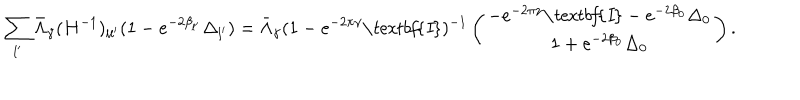
LaTeX: \sum _ { l ^ { \prime } } \bar { \Lambda } _ { \gamma } ( H ^ { - 1 } ) _ { l l ^ { \prime } } ( 1 - e ^ { - 2 \beta _ { l ^ { \prime } } } \Delta _ { l ^ { \prime } } ) = \bar { \Lambda } _ { \gamma } ( 1 - e ^ { - 2 \pi \gamma } \textit { \textbf { I } } ) ^ { - 1 } \left( \begin{array} { c } { { - e ^ { - 2 \pi \gamma } \textit { \textbf { I } } - e ^ { - 2 \beta _ { 0 } } \Delta _ { 0 } } } \\ { { 1 + e ^ { - 2 \beta _ { 0 } } \Delta _ { 0 } } } \\ \end{array} \right) .